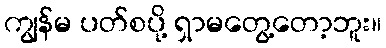
ကျွန်မ ပတ်စပို့ ရှာမတွေ့တော့ဘူး။